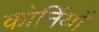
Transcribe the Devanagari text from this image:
कोर्नियों